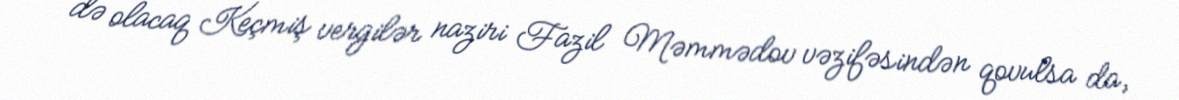
də olacaq Keçmiş vergilər naziri Fazil Məmmədov vəzifəsindən qovulsa da,